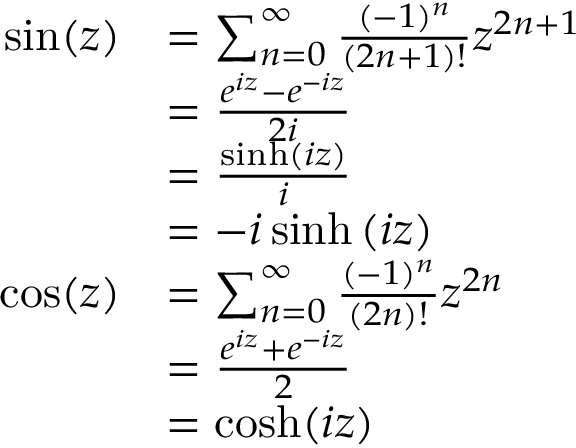
{ \begin{array} { r l } { \sin ( z ) } & { = \sum _ { n = 0 } ^ { \infty } { \frac { ( - 1 ) ^ { n } } { ( 2 n + 1 ) ! } } z ^ { 2 n + 1 } } \\ & { = { \frac { e ^ { i z } - e ^ { - i z } } { 2 i } } } \\ & { = { \frac { \sinh \left( i z \right) } { i } } } \\ & { = - i \sinh \left( i z \right) } \\ { \cos ( z ) } & { = \sum _ { n = 0 } ^ { \infty } { \frac { ( - 1 ) ^ { n } } { ( 2 n ) ! } } z ^ { 2 n } } \\ & { = { \frac { e ^ { i z } + e ^ { - i z } } { 2 } } } \\ & { = \cosh ( i z ) } \end{array} }